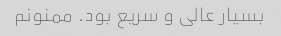
بسیار عالی و سریع بود. ممنونم